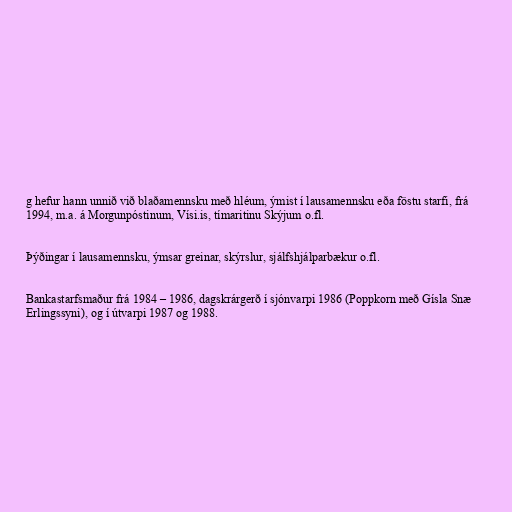
g hefur hann unnið við blaðamennsku með hléum, ýmist í lausamennsku eða föstu starfi, frá
1994, m.a. á Morgunpóstinum, Vísi.is, tímaritinu Skýjum o.fl.

Þýðingar í lausamennsku, ýmsar greinar, skýrslur, sjálfshjálparbækur o.fl.

Bankastarfsmaður frá 1984 – 1986, dagskrárgerð í sjónvarpi 1986 (Poppkorn með Gísla Snæ
Erlingssyni), og í útvarpi 1987 og 1988.